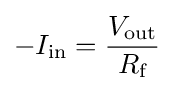
-I_{\text{in}}={\frac {V_{\text{out}}}{R_{\text{f}}}}